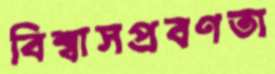
বিশ্বাসপ্রবণতা